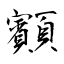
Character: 顮